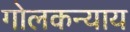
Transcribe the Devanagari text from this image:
गोलकन्याय